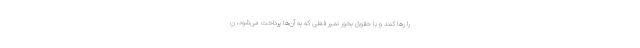
را رها کنند و با حقوق بخور نمیر فعلی که به آن‌ها پرداخت می‌شود، ن